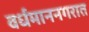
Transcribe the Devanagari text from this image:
वर्धमाननगरात